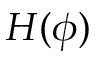
H ( \phi )